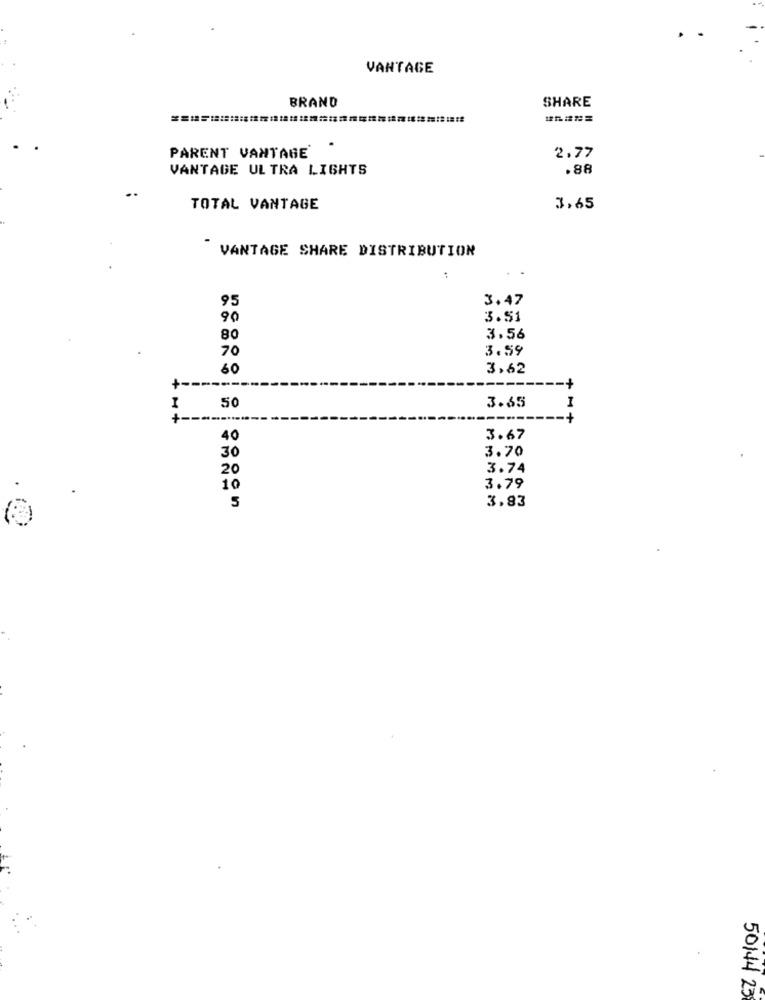
VANTAGE
BRAND
SHARE
PARENT VANTAGE
2,77
VANTAGE ULTRA LIGHTS
.88
TOTAL VANTAGE
3,65
.
VANTAGE SHARE DISTRIBUTION
:
95
3.47
90
3.51
80
3.56
3.59
70
60
3,62
+ --
I
50
3.65
+ --.
......
+1+
40
3.67
3.70
30
20
3.74
10
3.79
5
3.83
50144 23